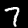
Label: 7